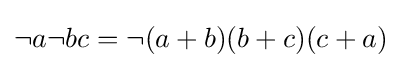
{\textstyle \neg a\neg bc=\neg (a+b)(b+c)(c+a)}